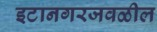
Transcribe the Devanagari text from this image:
इटानगरजवळील